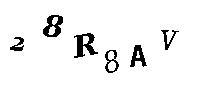
28R8AV